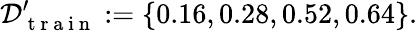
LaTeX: \mathcal{D}_{\mathrm{~t~r~a~i~n~}}^{\prime}:=\{ 0.16,0.28,0.52,0.64\} .